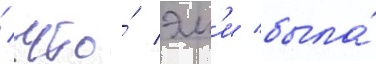
/ что́ эм'и была́